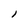
Character: 1